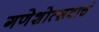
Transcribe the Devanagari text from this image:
गणेशोत्सवाचं